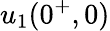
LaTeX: u_{1}(0^{+},0)